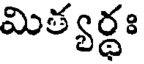
మిత్యర్థః